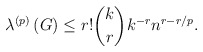
\begin{align*}\lambda^{\left( p\right) }\left( G\right) \leq r!\binom{k}{r}k^{-r}n^{r-r/p}. \end{align*}